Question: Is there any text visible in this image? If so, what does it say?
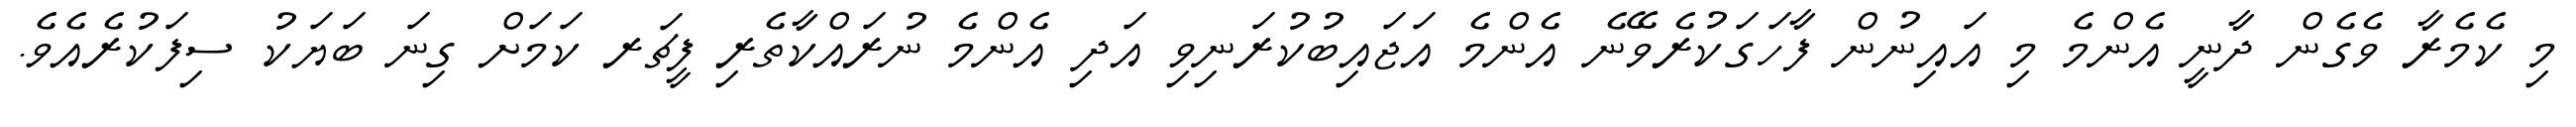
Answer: މި ކެމެރާ ވެގެން ދާނީ އެންމެ މި އައިނުން ފާހަގަކުރެވޭނެ އެންމެ އަޖައިބުކުރަނިވި އަދި އެންމެ ނުރައްކާތެރި ފީޗަރ ކަމަށް ގިނަ ބަޔަކު ސިފަކުރެއެވެ.